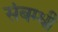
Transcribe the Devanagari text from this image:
संबम्धी